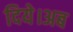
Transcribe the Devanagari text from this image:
दिये।अब